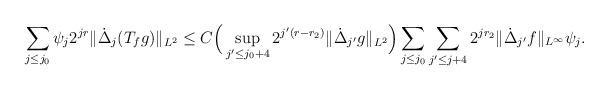
LaTeX: \begin{align*} \sum_{j\le j_0}\psi_j2^{jr}\Vert\dot{\Delta}_j(T_f g)\Vert_{L^2} \le C \Big(\sup_{j'\le j_0+4}2^{j'(r-r_2)}\Vert \dot\Delta_{j'} g\Vert_{L^2}\Big) \sum_{j\le j_0}\sum_{j'\le j+4}2^{jr_2}\Vert \dot\Delta_{j'}f \Vert_{L^\infty}\psi_j.\end{align*}